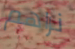
نراهم